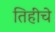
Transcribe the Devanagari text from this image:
तिहींचे